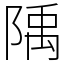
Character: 𨺲